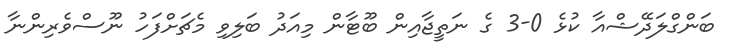
ބަންގްލަދޭޝްއާ ކުޅެ 0-3 ގެ ނަތީޖާއިން ބޫޓާން މިއަދު ބަލިވި މެޗަށްފަހު ނޫސްވެރިންނާ